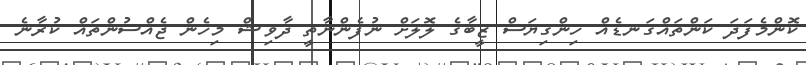
ކޮންމެފަދަ ކަންތައްގަނޑެއް ހިންގިޔަސް ޒީބާގެ ލޮލަށް ނުފެންނާތީ ދާވިޝް މިހެން ޖެއްސުންތައް ކުރާނެ